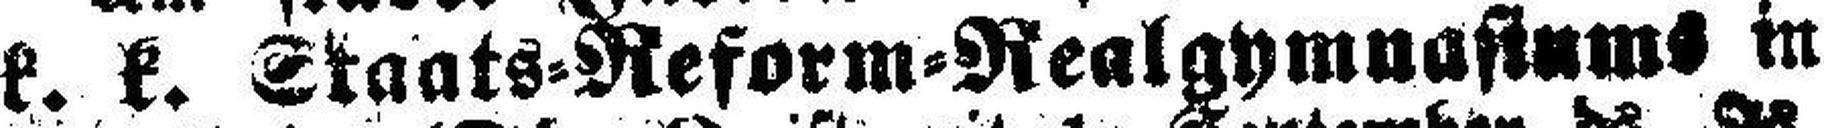
k. k. Staats=Reform=Realgymnastums in